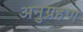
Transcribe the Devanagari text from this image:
अनुग्रहण